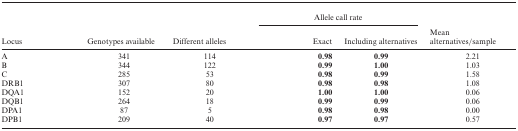
<table><thead><tr><td></td><td></td><td></td><td colspan="2"><b>Allele call rate</b></td><td></td></tr><tr><td><b>Locus</b></td><td><b>Genotypes available</b></td><td><b>Different alleles</b></td><td><b>Exact</b></td><td><b>Including alternatives</b></td><td><b>Mean alternatives/sample</b></td></tr></thead><tbody><tr><td>A</td><td>341</td><td>114</td><td><b>0.98</b></td><td><b>0.99</b></td><td>2.21</td></tr><tr><td>B</td><td>344</td><td>122</td><td><b>0.99</b></td><td><b>1.00</b></td><td>1.03</td></tr><tr><td>C</td><td>285</td><td>53</td><td><b>0.98</b></td><td><b>0.99</b></td><td>1.58</td></tr><tr><td>DRB1</td><td>307</td><td>80</td><td><b>0.98</b></td><td><b>0.98</b></td><td>1.08</td></tr><tr><td>DQA1</td><td>152</td><td>20</td><td><b>1.00</b></td><td><b>1.00</b></td><td>0.06</td></tr><tr><td>DQB1</td><td>264</td><td>18</td><td><b>0.99</b></td><td><b>0.99</b></td><td>0.06</td></tr><tr><td>DPA1</td><td>87</td><td>5</td><td><b>0.98</b></td><td><b>0.98</b></td><td>0.00</td></tr><tr><td>DPB1</td><td>209</td><td>40</td><td><b>0.97</b></td><td><b>0.97</b></td><td>0.57</td></tr></tbody></table>